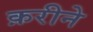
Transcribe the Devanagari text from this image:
क़रीने